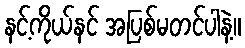
နင့်ကိုယ်နင် အပြစ်မတင်ပါနဲ့။